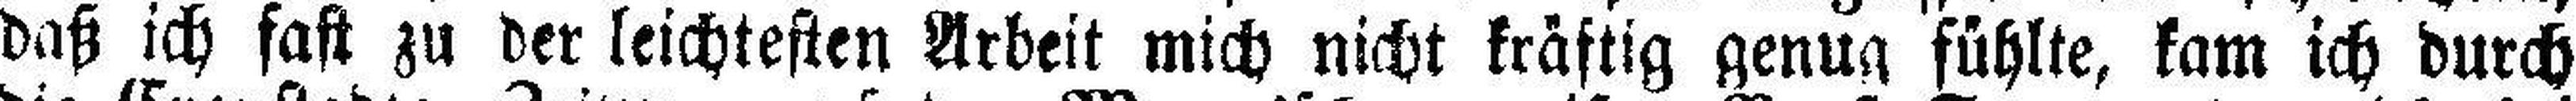
daß ich fast zu der leichtesten Arbeit mich nicht kräftig genug fühlte, kam ich durch